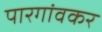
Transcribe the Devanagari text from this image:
पारगांवकर